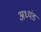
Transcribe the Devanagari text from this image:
अध्यंड